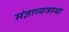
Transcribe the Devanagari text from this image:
संज्ञाव्यवस्था